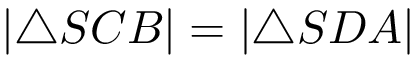
| \triangle S C B | = | \triangle S D A |